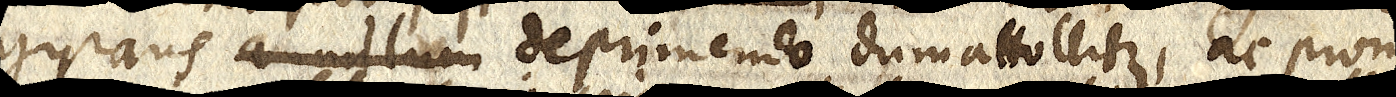
gyrans annullum deprimendo dum attolitur, ac proin-